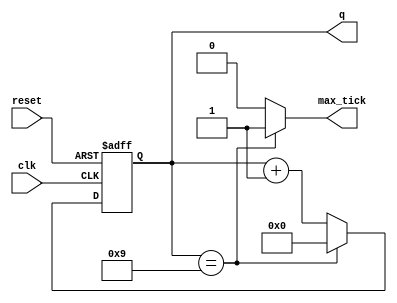
`timescale 1us / 1us
//////////////////////////////////////////////////////////////////////////////////
// Company: 
// Engineer: 
// 
// Design Name: 
// Module Name:    mod_m_counter 
// Project Name: 
// Target Devices: 
// Tool versions: 
// Description: 
//
// Dependencies: 
//
// Revision: 
// Revision 0.01 - File Created
// Additional Comments: 
//
//////////////////////////////////////////////////////////////////////////////////
module mod_m_counter #(parameter N = 4 , M = 10)
(
input wire clk, reset,
output wire max_tick,
output wire [N-1:0] q
);

	reg [N-1:0] r_reg;
	wire [N-1:0] r_next;
	
	initial r_reg = 0; //Para intentar sacar un warning pero no lo saco.

	always @ ( posedge clk , posedge reset )
		if(reset)
			r_reg <= 0;
		else
			r_reg <= r_next;

	assign r_next = (r_reg==(M-1)) ? 1'b0 : r_reg + 1'b1;
	assign q = r_reg;
	assign max_tick = (r_reg==(M-1)) ? 1'b1 : 1'b0;
endmodule